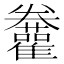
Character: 𩁫